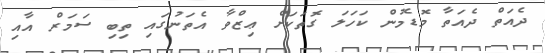
ދެއަތް ދެއަތާ މޮޑެމުން ކަހަލަ ގޮތަކަށް ޢިޒްވާ އެތަނުގައި ތިބި ސަމަރް އާއި